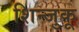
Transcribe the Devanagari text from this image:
शिन्जुकू